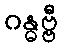
ဂန္ဓဗ္ဗီ